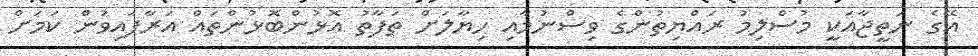
އޭގެ ނަތީޖާއަކީ މުސްލިމު ރައްޔިތުންގެ ވިސްނުމާއި ހިޔާލަށް ތަފާތު އޮޅުންބޮޅުންތައް އަރާފައިވުން ކަމަށް